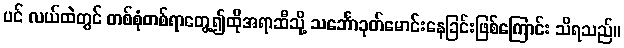
ပင် လယ်ထဲတွင် တစ်စုံတစ်ရာတွေ့၍ထိုအရာဆီသို့ သင်္ဘောခုတ်မောင်းနေခြင်းဖြစ်ကြောင်း သိရသည်။